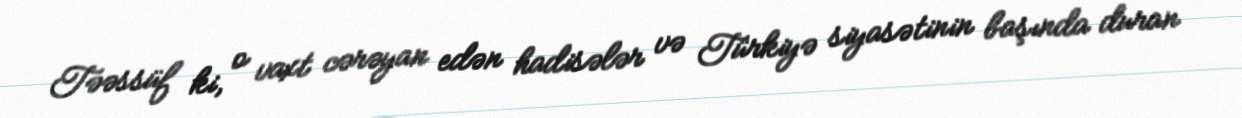
Təəssüf ki, o vaxt cərəyan edən hadisələr və Türkiyə siyasətinin başında duran